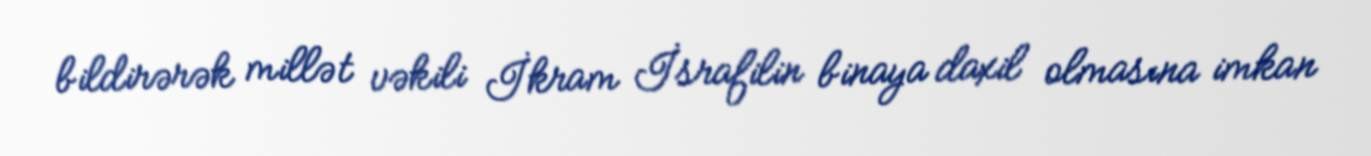
bildirərək millət vəkili İkram İsrafilin binaya daxil olmasına imkan